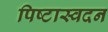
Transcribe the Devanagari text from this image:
पिष्टास्वदन